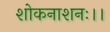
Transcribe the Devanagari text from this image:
शोकनाशनः।।